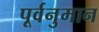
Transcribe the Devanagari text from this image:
पूर्वनुमान